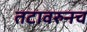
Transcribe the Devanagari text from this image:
तटावरुनच